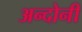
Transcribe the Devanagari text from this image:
अन्दोनी